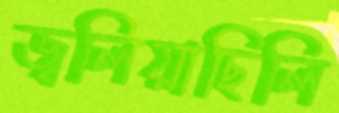
জ্বলিয়াছিলি